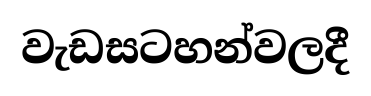
වැඩසටහන්වලදී